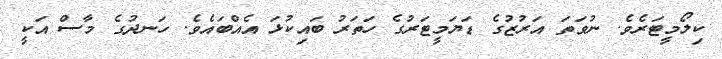
ކިލޯމީޓަރެވެ. ނުވަތަ އަރުޒުގެ ޑަޔަމީޓަރުގެ ހަތަރު ބައިކުޅަ އެއްބައެވެ. ހަނދުގެ މާސް އަކީ